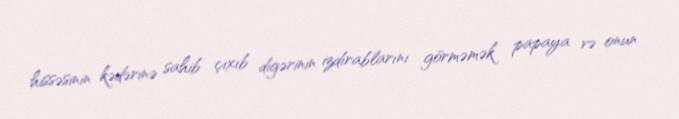
hissəsinin kədərinə sahib çıxıb digərinin izdırablarını görməmək papaya və onun